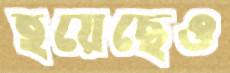
হয়েছেও